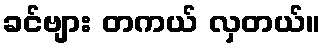
ခင်ဗျား တကယ် လှတယ်။